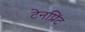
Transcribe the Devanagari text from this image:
टेनप्रिंट